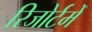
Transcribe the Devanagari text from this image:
रिजोर्टमेँ